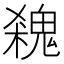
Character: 𩳙